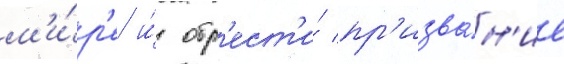
м'и́р'е и́ обр'ест'и́ пр'изва́н'ие